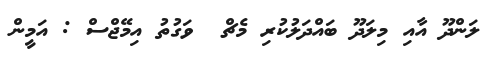
ލަންދޫ އާއި މިލަދޫ ބައްދަލުކުރި މެޗް  ވަގުތު އިމޭޖްސް : އަމީން